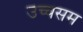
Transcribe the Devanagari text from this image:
उच्चसम